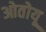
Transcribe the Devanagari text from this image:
ओतोयू